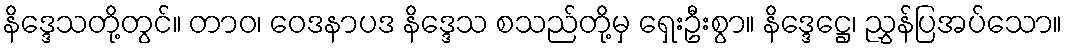
နိဒ္ဒေသတို့တွင်။ တာဝ၊ ဝေဒနာပဒ နိဒ္ဒေသ စသည်တို့မှ ရှေးဦးစွာ။ နိဒ္ဒေဋ္ဌေ၊ ညွှန်ပြအပ်သော။